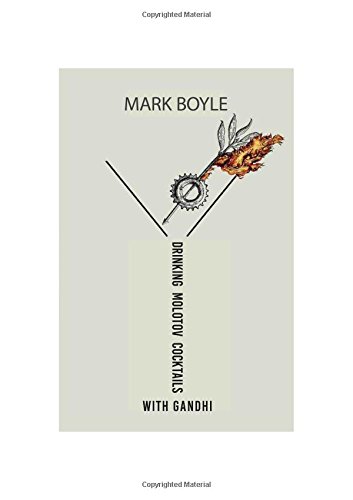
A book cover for Drinking Molotov Cocktails with Gandhi; Mark Boyle; Law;